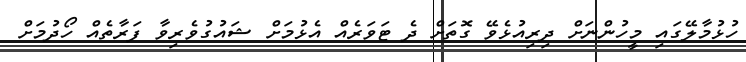
ހުޅުމާލޭގައި މީހުންނަށް ދިރިއުޅެވޭ ގޮތަށް ދެ ޓަވަރެއް އެޅުމަށް ޝައުގުވެެރިވާ ފަރާތެއް ހޯދުމަށް